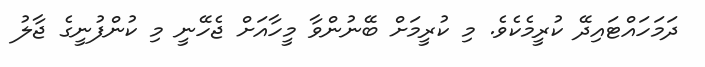
ދަމަހައްޓައިދޭ ކުރީމެކެވެ. މި ކުރީމަށް ބޭނުންވާ މީހާއަށް ޖެހޭނީ މި ކުންފުނީގެ ޖާލު